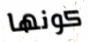
كونها